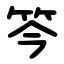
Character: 笒